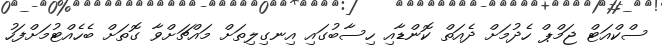
ސްކްއަޓް ޖަމްޕް ހެދުމަށް ދެއަތް ކޮންޑާއި ހިސާބުގައި އިނގިލިތަށް މައްޗަށްވާ ގޮތަށް ބެހެއްޓުމަށްފަހު